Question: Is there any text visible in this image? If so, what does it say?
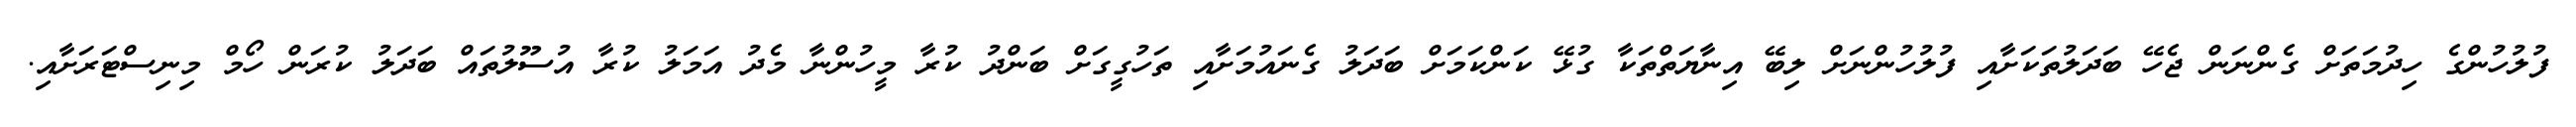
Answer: ފުލުހުންގެ ހިދުމަތަށް ގެންނަން ޖެހޭ ބަދަލުތަކަށާއި ފުލުހުންނަށް ލިބޭ އިނާޔަތްތަކާ ގުޅޭ ކަންކަމަށް ބަދަލު ގެނައުމަށާއި ތަހުގީގަށް ބަންދު ކުރާ މީހުންނާ މެދު އަމަލު ކުރާ އުސޫލުތައް ބަދަލު ކުރަން ހޯމް މިނިސްޓަރަށާއި.